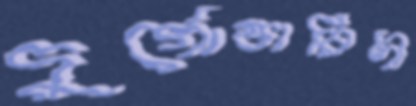
দুর্গোত্তারিণী